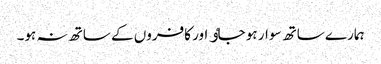
ہمارے ساتھ سوار ہو جاٶ اور کافروں کے ساتھ نہ ہو۔